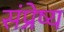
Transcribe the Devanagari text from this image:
संप्रेष्य